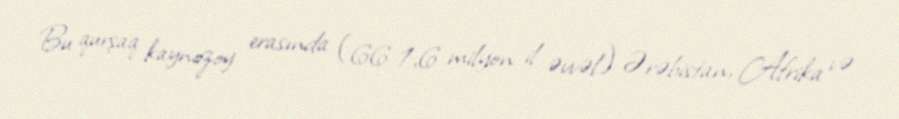
Bu qurşaq kaynozoy erasında (66-1,6 milyon il əvvəl) Ərəbistan, Afrika və